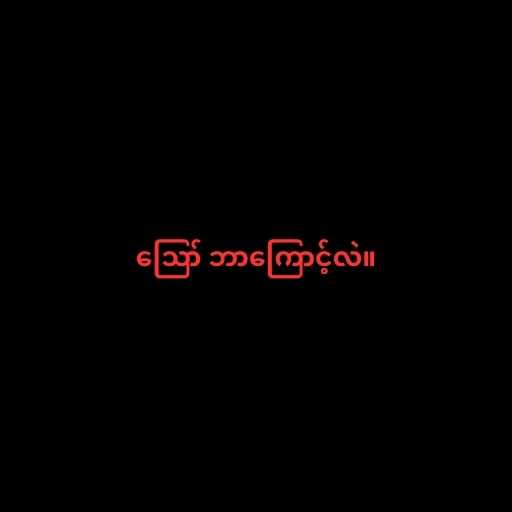
ဪ ဘာကြောင့်လဲ။